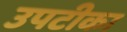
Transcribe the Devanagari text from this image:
उपटीका